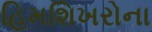
હિમશિખરોના